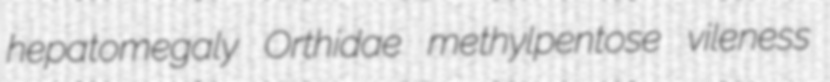
hepatomegaly Orthidae methylpentose vileness